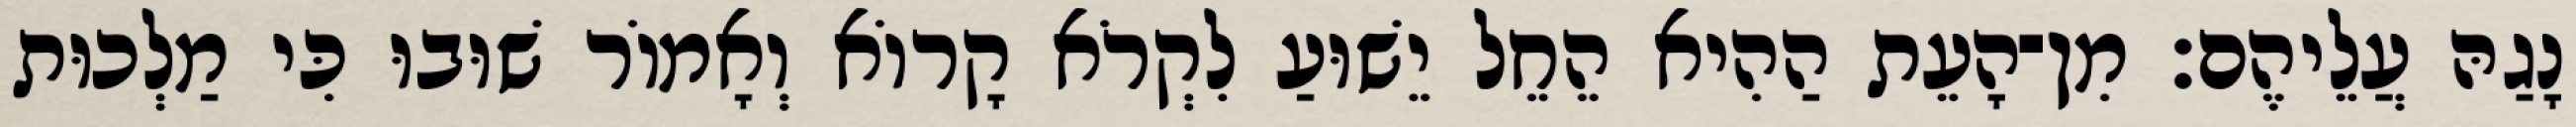
נָגַהּ עֲלֵיהֶם׃ מִן־הָעֵת הַהִיא הֵחֵל יֵשׁוּעַ לִקְרֹא קָרוֹא וְאָמוֹר שׁוּבוּ כִּי מַלְכוּת